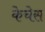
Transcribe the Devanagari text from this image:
केचेस